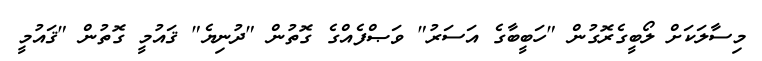
މިސާލަކަށް ލޯބީގެރޮގުން "ހަބީބާގެ އަސަރު" ވަޞްފެއްގެ ގޮތުން "ދުނިޔެ" ޤައުމީ ގޮތުން "ޤައުމީ